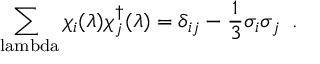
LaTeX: \sum _ { \mathrm { \ l a m b d a } } \chi _ { i } ( \lambda ) \chi _ { j } ^ { \dagger } ( \lambda ) = \delta _ { i j } - \frac { 1 } { 3 } \sigma _ { i } \sigma _ { j } \; \; .